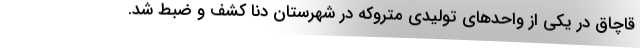
قاچاق در یکی از واحدهای تولیدی متروکه در شهرستان دنا کشف و ضبط شد.